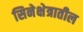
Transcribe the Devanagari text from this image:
सिनेक्षेत्रातील